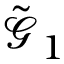
\tilde { \mathcal { G } } _ { 1 }